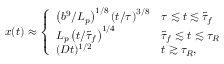
x ( t ) \approx \left\{ \begin{array} { l l } { \left( { b ^ { 9 } } / { L _ { p } } \right) ^ { 1 / 8 } \left( t / { \tau } \right) ^ { 3 / 8 } } & { \tau \lesssim t \lesssim \tilde { \tau } _ { f } } \\ { L _ { p } \left( t / { \tilde { \tau } _ { f } } \right) ^ { 1 / 4 } } & { \tilde { \tau } _ { f } \lesssim t \lesssim \tau _ { R } } \\ { ( D t ) ^ { 1 / 2 } } & { t \gtrsim \tau _ { R } , } \end{array} \right.